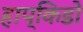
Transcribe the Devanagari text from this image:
हाप्किडो